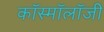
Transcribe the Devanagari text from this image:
कॉस्मॉलॉजी